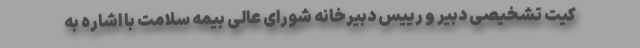
کیت تشخیصی دبیر و رییس دبیرخانه شورای عالی بیمه سلامت با اشاره به